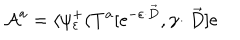
{ \cal A } ^ { a } = \langle \psi _ { \varepsilon } ^ { + } ( T ^ { a } [ \mathrm { e } ^ { - \varepsilon \cdot \stackrel { \rightarrow } { D } } , \gamma \cdot \stackrel { \rightarrow } { D } ] \mathrm { e }